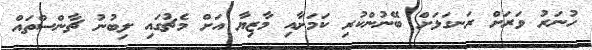
ހުނަރު ވަރަށް ރަނގަޅަށް ބޭނުންކުރި ކަމަށާއި މާޒިޔާ އަށް މެޗުގައި ލިބުނު ޗާންސްތައް